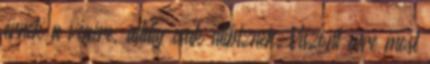
érnek a végére, addig csak alibiznek. Viszont erre most